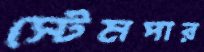
স্টেমপার